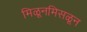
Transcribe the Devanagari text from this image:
मिळूनमिसळून